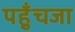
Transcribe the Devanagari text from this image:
पहुँचजा